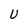
Character: U